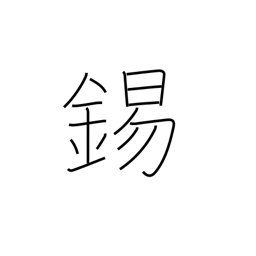
Meaning: copper